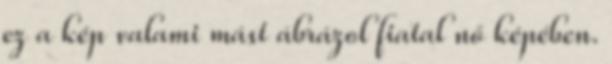
ez a kép valami mást ábrázol fiatal nő képében.